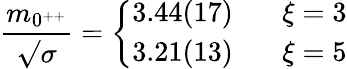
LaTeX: {\frac{m_{0^{++}}}{\surd\sigma}}=\left\{ \begin{array}{ll}{{3.44(17)}}&{{\ \ \ \xi=3}}\\ {{3.21(13)}}&{{\ \ \ \xi=5}}\end{array}\right.